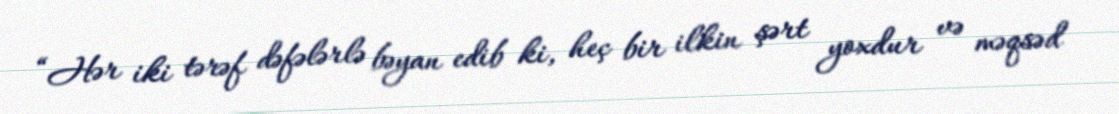
“Hər iki tərəf dəfələrlə bəyan edib ki, heç bir ilkin şərt yoxdur və məqsəd